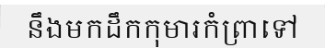
នឹងមកដឹកកុមារកំព្រាទៅ